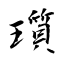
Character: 瓆